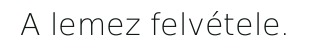
A lemez felvétele.